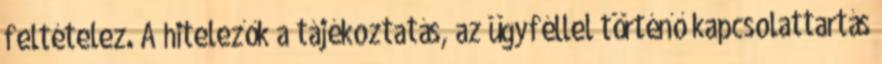
feltételez. A hitelezők a tájékoztatás, az ügyféllel történő kapcsolattartás